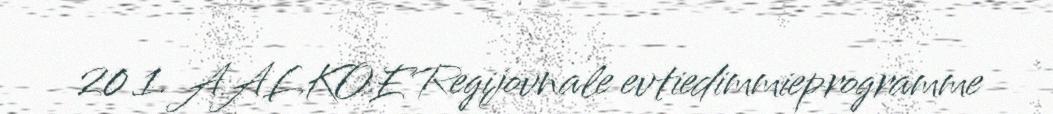
20 1. AALKOE Regijovnale evtiedimmieprogramme